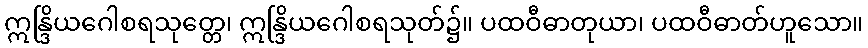
ဣန္ဒြိယဂေါစရသုတ္တေ၊ ဣန္ဒြိယဂေါစရသုတ်၌။ ပထဝီဓာတုယာ၊ ပထဝီဓာတ်ဟူသော။